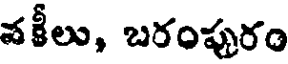
వకీలు, బరంపురం